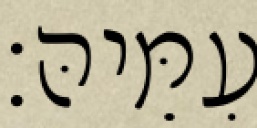
עִמֵּיהּ׃